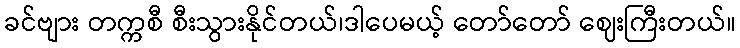
ခင်ဗျား တက္ကစီ စီးသွားနိုင်တယ်၊ဒါပေမယ့် တော်တော် ဈေးကြီးတယ်။